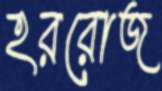
হররোজ